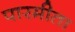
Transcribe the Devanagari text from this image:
पारमीता